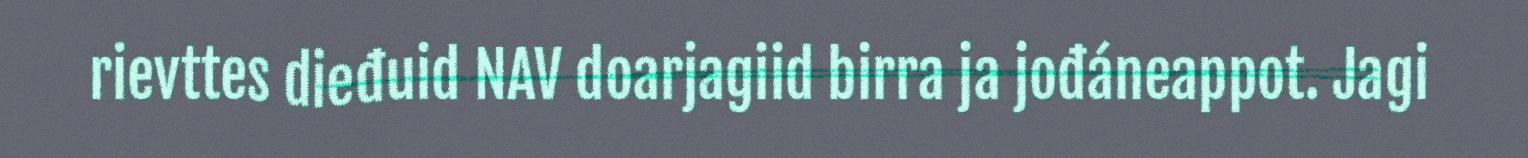
rievttes dieđuid NAV doarjagiid birra ja jođáneappot. Jagi